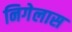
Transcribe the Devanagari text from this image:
निगेलास